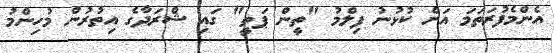
އެންމެފުރަތަމަ އަށް ކުޅުނު ފިލްމު "ތީން ޕަތީ" ގައި ޝްރަދާގެ އިތުރުން މުހިންމު